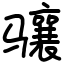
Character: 骧